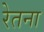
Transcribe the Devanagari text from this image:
रेतना